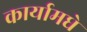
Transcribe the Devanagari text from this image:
कार्यामधे